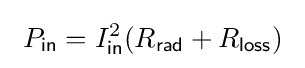
\ P_{\mathsf {in}}=I_{\mathsf {in}}^{2}(R_{\mathsf {rad}}+R_{\mathsf {loss}})\